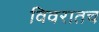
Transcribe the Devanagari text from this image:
विवरातच